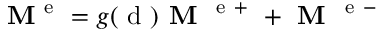
{ \bf M } ^ { \mathrm { ~ e ~ } } = g ( \mathrm { ~ d ~ } ) \textbf { M } ^ { \mathrm { ~ e ~ + ~ } } + \textbf { M } ^ { \mathrm { ~ e ~ - ~ } }